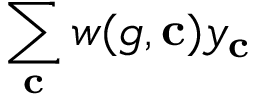
\sum _ { \mathbf { c } } w ( g , \mathbf { c } ) y _ { \mathbf { c } }